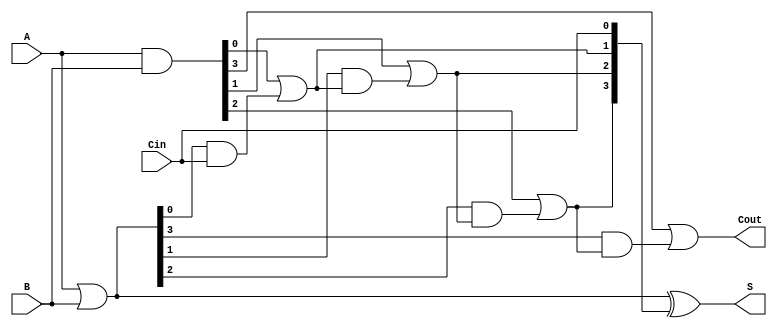
module RCLA #(parameter n = 4) (
    input  [n-1:0] A,      // n-bit input A
    input  [n-1:0] B,      // n-bit input B
    input         Cin,      // Carry-in
    output [n-1:0] S,      // n-bit Sum output
    output        Cout      // Carry-out
);

    wire [n-1:0] G;        // Generate signals
    wire [n-1:0] P;        // Propagate signals
    wire [n:0] C;          // Carry signals

    // Generate and Propagate Logic
    assign G = A & B;      // G[i] = A[i] & B[i]
    assign P = A | B;      // P[i] = A[i] | B[i]

    // Carry Calculation
    assign C[0] = Cin;     // Initial carry-in
    genvar i;
    generate
        for (i = 0; i < n; i = i + 1) begin : carry_gen
            if (i == 0) begin
                assign C[i + 1] = G[i] | (P[i] & C[i]); // C1
            end else begin
                assign C[i + 1] = G[i] | (P[i] & C[i]); // C2 to Cn
            end
        end
    endgenerate

    // Sum Calculation
    assign S = P ^ C[n-1:0]; // S[i] = P[i] ^ C[i]

    // Carry-out
    assign Cout = C[n];     // Final carry-out

endmodule